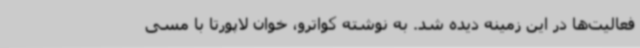
فعالیت‌ها در این زمینه دیده شد. به نوشته کواترو، خوان لاپورتا با مسی